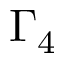
\Gamma _ { 4 }